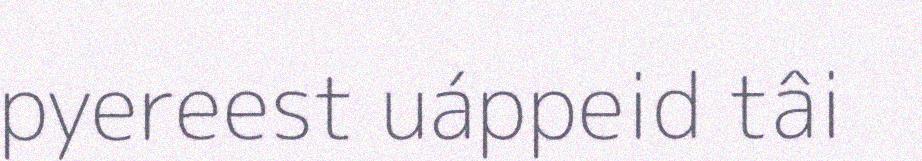
pyereest uáppeid tâi